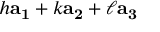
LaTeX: h \mathbf { a _ { 1 } } + k \mathbf { a _ { 2 } } + \ell \mathbf { a _ { 3 } }